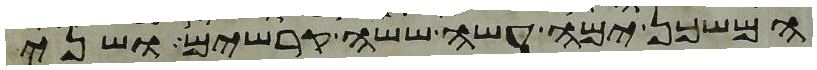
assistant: המשכן ימה עשה ששה קרשים ושני